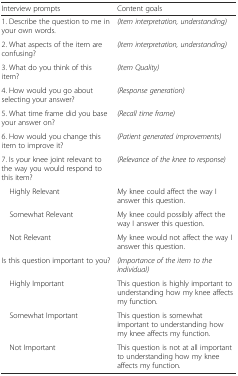
| Interview prompts | Content goals |
 | --- | --- |
 | 1. Describe the question to me in your own words. | (Item interpretation, understanding) |
 | 2. What aspects of the item are confusing? | (Item interpretation, understanding) |
 | 3. What do you think of this item? | (Item Quality) |
 | 4. How would you go about selecting your answer? | (Response generation) |
 | 5. What time frame did you base your answer on? | (Recall time frame) |
 | 6. How would you change this item to improve it? | (Patient generated improvements) |
 | 7. Is your knee joint relevant to the way you would respond to this item? | (Relevance of the knee to response) |
 | Highly Relevant | My knee could affect the way I answer this question. |
 | Somewhat Relevant | My knee could possibly affect the way I answer this question. |
 | Not Relevant | My knee would not affect the way I answer this question. |
 | Is this question important to you? | (Importance of the item to the individual) |
 | Highly Important | This question is highly important to understanding how my knee affects my function. |
 | Somewhat Important | This question is somewhat important to understanding how my knee affects my function. |
 | Not Important | This question is not at all important to understanding how my knee affects my function. |